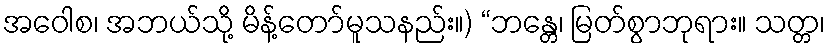
အဝေါစ၊ အဘယ်သို့ မိန့်တော်မူသနည်း။) “ဘန္တေ၊ မြတ်စွာဘုရား။ သတ္တ၊